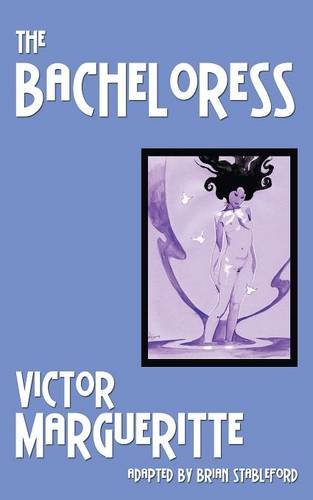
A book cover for The Bacheloress; Victor Margueritte; Romance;